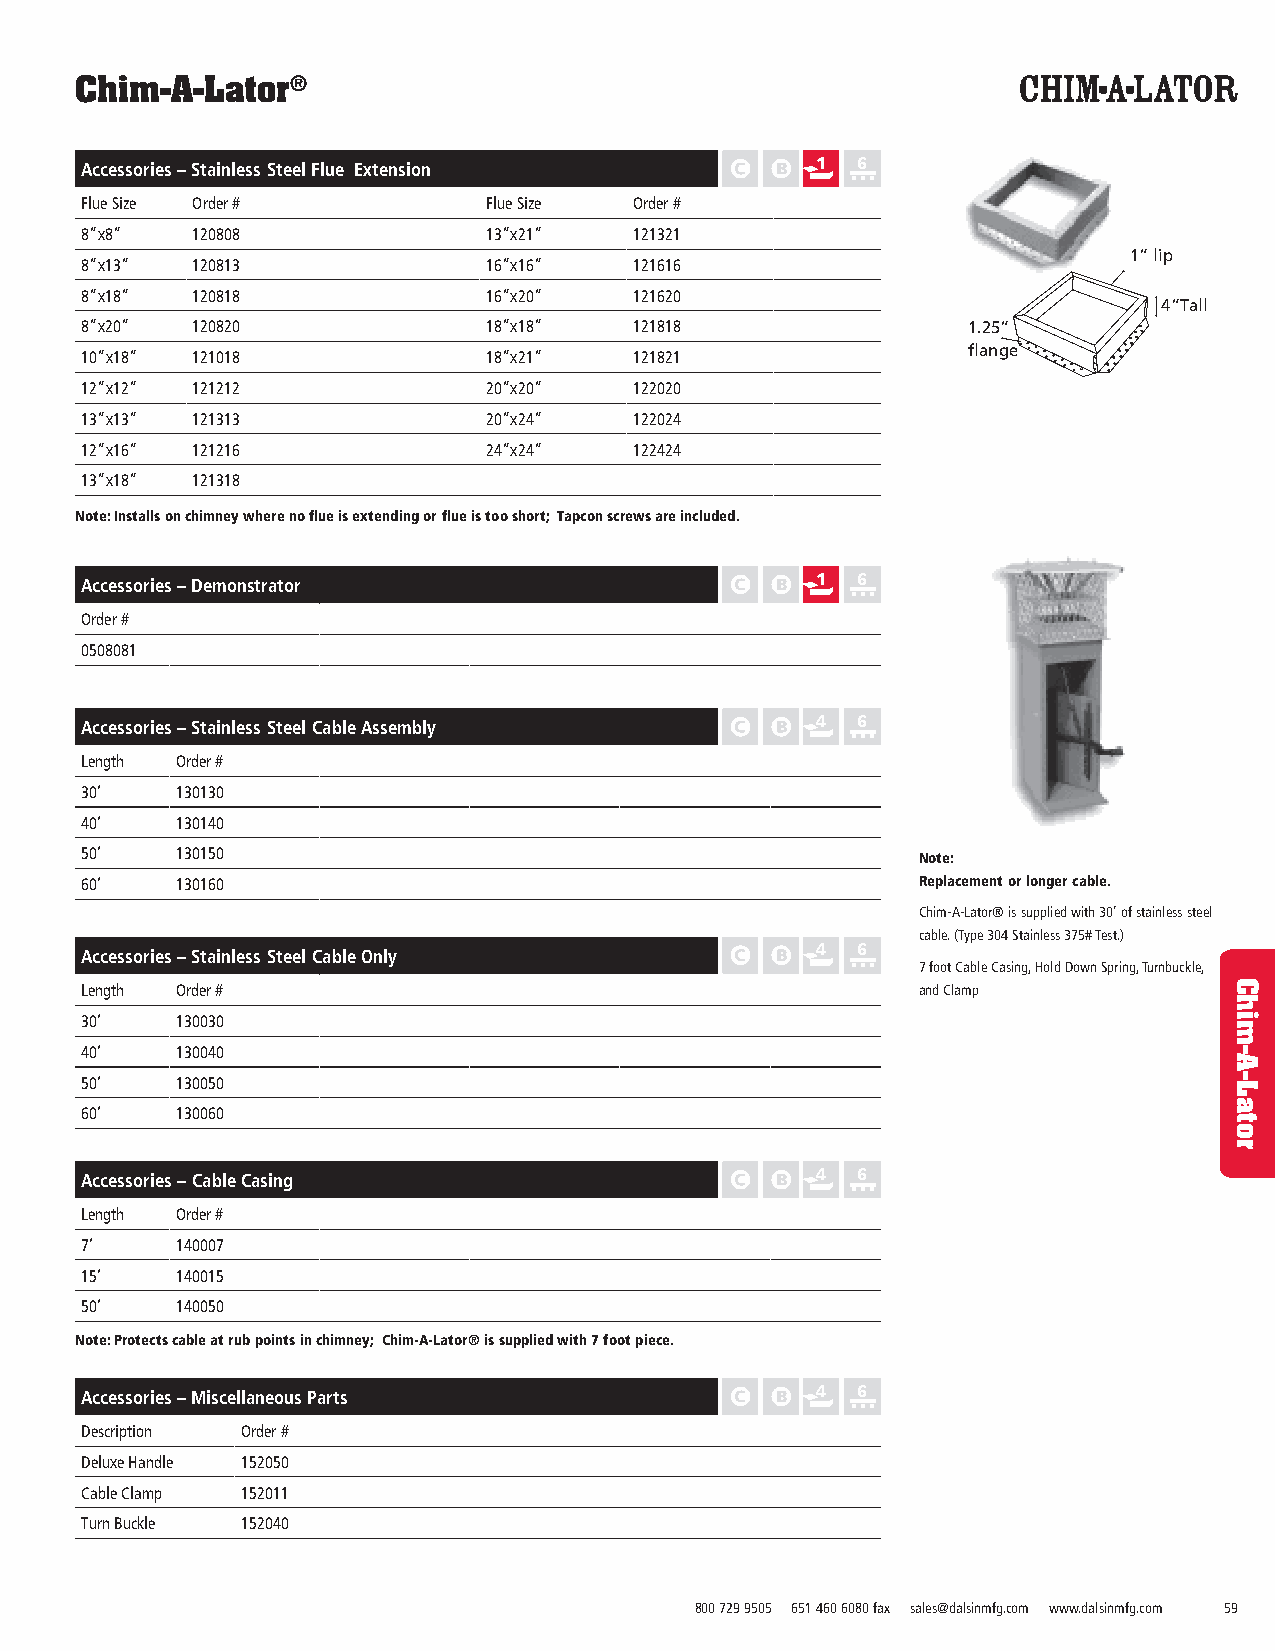
Chim-A-Lator®
 Accessories – Stainless Steel Flue Extension     1  6
 Flue Size Order #          Flue Size Order #
 8”x8”   120808             13”x21”   121321
 1” lip
 8”x13”  120813             16”x16”   121616
 8”x18”  120818             16”x20”   121620
 4”Tall
 8”x20”  120820             18”x18”   121818                1.25”
 flange
 10”x18” 121018             18”x21”   121821
 12”x12” 121212             20”x20”   122020
 13”x13” 121313             20”x24”   122024
 12”x16” 121216             24”x24”   122424
 13”x18” 121318
 Note: Installs on chimney where no flue is extending or flue is too short; Tapcon screws are included.
 1  6
 Accessories – Demonstrator
 Order #
 0508081
 Accessories – Stainless Steel Cable Assembly     4  6
 Length Order #
 30’    130130
 40’    130140
 50’    130150                                           Note:
 60’    130160                                           Replacement or longer cable.
 Chim-A-Lator® is supplied with 30’ of stainless steel
 cable. (Type 304 Stainless 375# Test.)
 4  6
 Accessories – Stainless Steel Cable Only
 7 foot Cable Casing, Hold Down Spring, Turnbuckle,
 Length Order #                                          and Clamp
 30’    130030
 40’    130040
 50’    130050
 60’    130060
 Accessories – Cable Casing                       4  6
 Length Order #
 7’     140007
 15’    140015
 50’    140050
 Note: Protects cable at rub points in chimney; Chim-A-Lator® is supplied with 7 foot piece.
 Accessories – Miscellaneous Parts                4  6
 Description Order #
 Deluxe Handle 152050
 Cable Clamp 152011
 Turn Buckle 152040
 800 729 9505 651 460 6080 fax sales@dalsinmfg.com www.dalsinmfg.com 59
 Chim-A-Lator